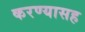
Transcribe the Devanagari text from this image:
करण्यासह